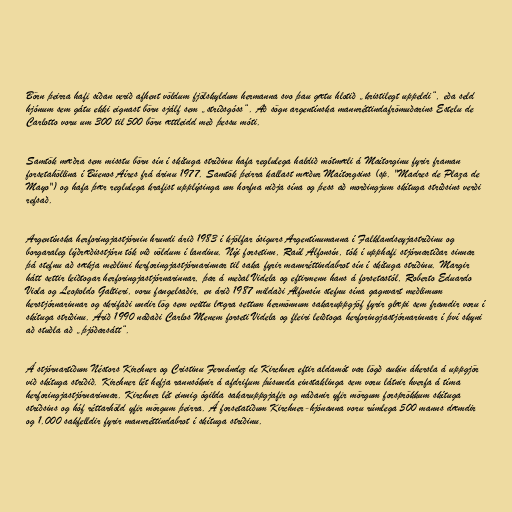
Börn þeirra hafi síðan verið afhent völdum fjölskyldum hermanna svo þau gætu hlotið „kristilegt uppeldi“, eða seld
hjónum sem gátu ekki eignast börn sjálf sem „stríðsgóss“. Að sögn argentínska mannréttindafrömuðarins Estelu de
Carlotto voru um 300 til 500 börn ættleidd með þessu móti.

Samtök mæðra sem misstu börn sín í skítuga stríðinu hafa reglulega haldið mótmæli á Maítorginu fyrir framan
forsetahöllina í Búenos Aíres frá árinu 1977. Samtök þeirra kallast mæður Maítorgsins (sp. "Madres de Plaza de
Mayo") og hafa þær reglulega krafist upplýsinga um horfna niðja sína og þess að morðingjum skítuga stríðsins verði
refsað.

Argentínska herforingjastjórnin hrundi árið 1983 í kjölfar ósigurs Argentínumanna í Falklandseyjastríðinu og
borgaraleg lýðræðisstjórn tók við völdum í landinu. Nýi forsetinn, Raúl Alfonsín, tók í upphafi stjórnartíðar sinnar
þá stefnu að sækja meðlimi herforingjastjórnarinnar til saka fyrir mannréttindabrot sín í skítuga stríðinu. Margir
hátt settir leiðtogar herforingjastjórnarinnar, þar á meðal Videla og eftirmenn hans á forsetastól, Roberto Eduardo
Viola og Leopoldo Galtieri, voru fangelsaðir, en árið 1987 mildaði Alfonsín stefnu sína gagnvart meðlimum
herstjórnarinnar og skrifaði undir lög sem veittu lægra settum hermönnum sakaruppgjöf fyrir glæpi sem framdir voru í
skítuga stríðinu. Árið 1990 náðaði Carlos Menem forseti Videla og fleiri leiðtoga herforingjastjórnarinnar í því skyni
að stuðla að „þjóðarsátt“.

Á stjórnartíðum Néstors Kirchner og Cristinu Fernández de Kirchner eftir aldamót var lögð aukin áhersla á uppgjör
við skítuga stríðið. Kirchner lét hefja rannsóknir á afdrifum þúsunda einstaklinga sem voru látnir hverfa á tíma
herforingjastjórnarinnar. Kirchner lét einnig ógilda sakaruppgjafir og náðanir yfir mörgum forsprökkum skítuga
stríðsins og hóf réttarhöld yfir mörgum þeirra. Á forsetatíðum Kirchner-hjónanna voru rúmlega 500 manns dæmdir
og 1.000 sakfelldir fyrir mannréttindabrot í skítuga stríðinu.